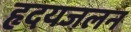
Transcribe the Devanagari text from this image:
हृदयजलन